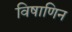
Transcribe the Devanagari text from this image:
विषाणिन